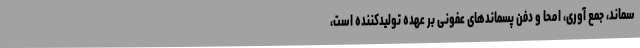
سماند، جمع آوری، امحا و دفن پسماندهای عفونی بر عهده تولیدکننده است،